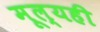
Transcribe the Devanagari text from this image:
मूल्यही